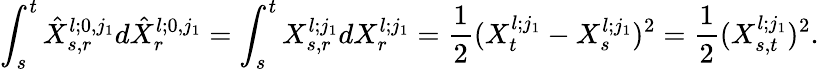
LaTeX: \int_{s}^{t}\hat{X}_{s,r}^{l;0,j_{1}}d\hat{X}_{r}^{l;0,j_{1}}=\int_{s}^{t}X_{s,r}^{l;j_{1}}dX_{r}^{l;j_{1}}=\frac{1}{2}(X_{t}^{l;j_{1}}-X_{s}^{l;j_{1}})^{2}=\frac{1}{2}(X_{s,t}^{l;j_{1}})^{2}.